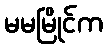
မမမြိုင်က